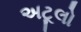
અટૂલો